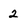
Character: 2